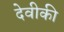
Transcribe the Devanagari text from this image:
देवीकी